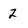
Character: 2